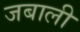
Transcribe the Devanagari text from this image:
जबाली